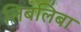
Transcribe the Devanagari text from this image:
लिबलिबा